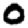
Digit: 0